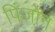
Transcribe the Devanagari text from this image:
पिंजो़न